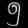
Digit: ၅